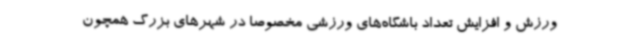
ورزش و افزایش تعداد باشگاه‌های ورزشی مخصوصاً در شهرهای بزرگ همچون